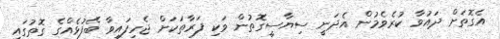
އެގޮތަށް ދައުވާ ކުރެވެމުން އެދަނީ ސިޔާސީގޮތުން ވަކި ފަރާތަކަށް ޖެހިފައިވާ ބޭފުޅެއްގެ ގޮތުގައި